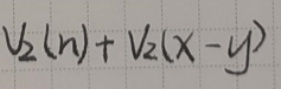
$V_{2}(n)+V_{2}(x - y)$